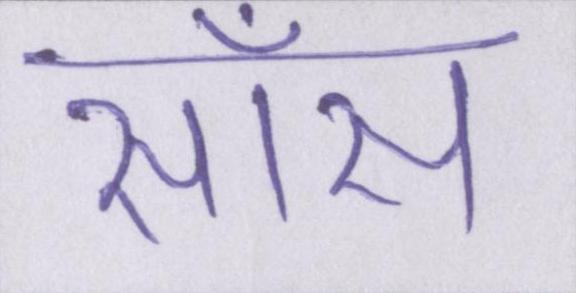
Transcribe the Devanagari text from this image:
साँस